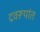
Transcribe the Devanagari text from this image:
द्रवरूपांत